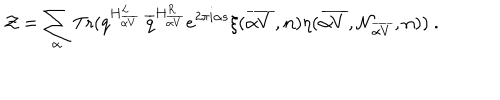
{ \cal Z } = \sum _ { \alpha } \mathrm { T r } ( q ^ { H _ { \overline { { { \alpha V } } } } ^ { L } } ~ { \overline { { q } } } ^ { H _ { \overline { { { \alpha V } } } } ^ { R } } e ^ { 2 \pi i \alpha s } \xi ( { \overline { { { \alpha V } } } } , { \bf n } ) \eta ( { \overline { { { \alpha V } } } } , { \cal N } _ { \overline { { { \alpha V } } } } , { \bf n } ) ) ~ .